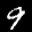
Label: 9